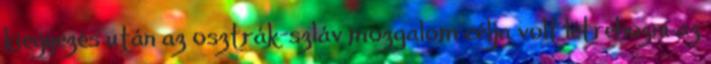
kiegyezés után az osztrák-szláv mozgalom célja volt létrehozni az